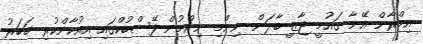
އިމްރާން އޭނާ ގައުމީ ޖާޒީ ބާލަން ނިންމި ނިންމުން ފޭސްބުކްގައި އިއުކާންކުރި ޚަބަރު